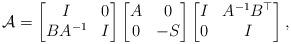
LaTeX: \begin{align*} \mathcal{A} = \begin{bmatrix} I & 0 \\ B A^{-1} & I \end{bmatrix} \begin{bmatrix} A & 0 \\ 0 & -S \end{bmatrix} \begin{bmatrix} I & A^{-1} B^\top \\ 0 & I \end{bmatrix},\end{align*}